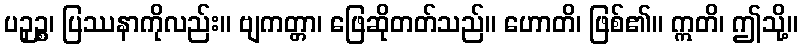
ပဉှဉ္စ၊ ပြဿနာကိုလည်း။ ဗျကတ္တာ၊ ဖြေဆိုတတ်သည်။ ဟောတိ၊ ဖြစ်၏။ ဣတိ၊ ဤသို့။